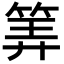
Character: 筭